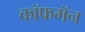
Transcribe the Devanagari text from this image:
कॉफमॅन